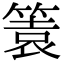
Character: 𥰟